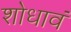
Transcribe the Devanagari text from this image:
शोधावं